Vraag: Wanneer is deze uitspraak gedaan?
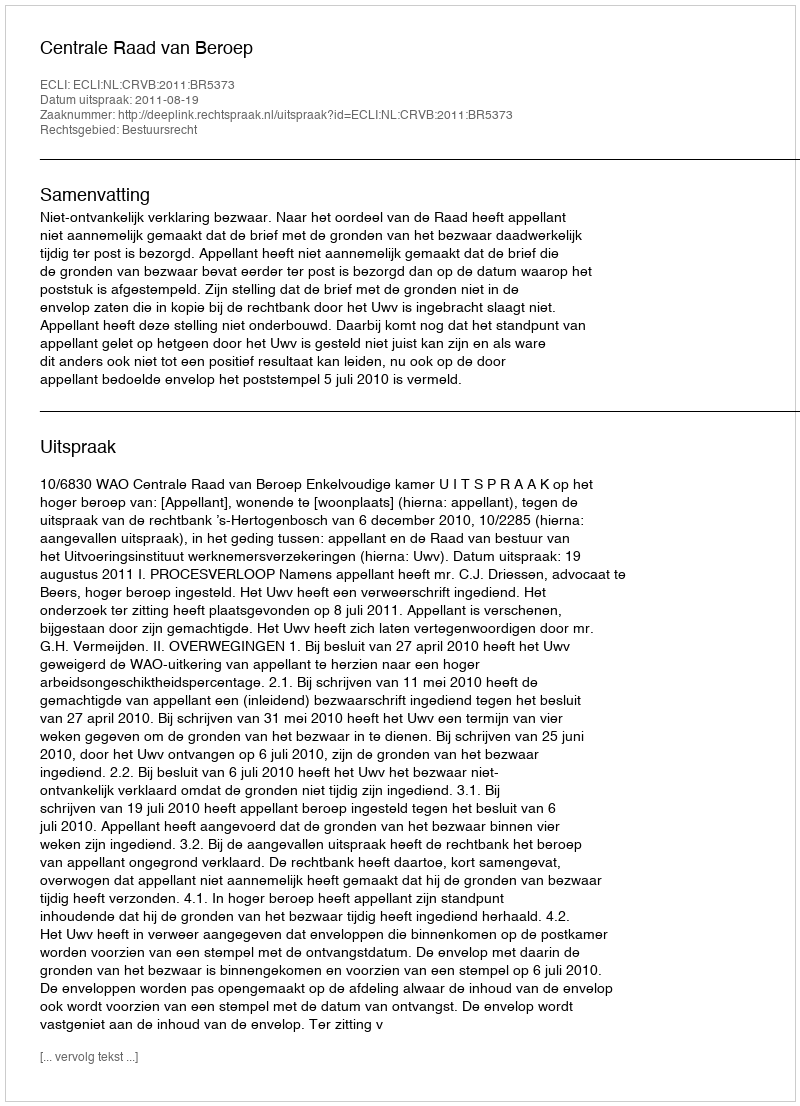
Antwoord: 2011-08-19